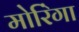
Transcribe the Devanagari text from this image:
मोरिंगा